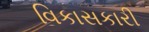
વિકાસકારી